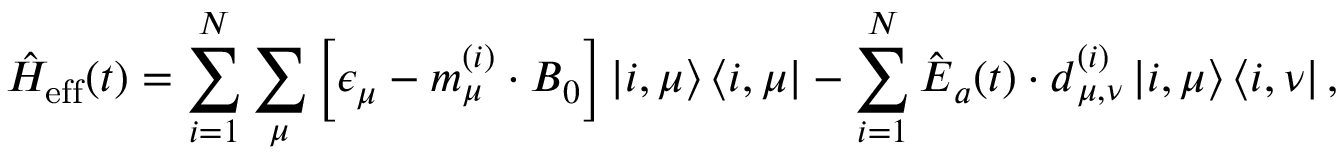
\hat { H } _ { \mathrm { e f f } } ( t ) = \sum _ { i = 1 } ^ { N } \sum _ { \mu } \left[ \epsilon _ { \mu } - \boldsymbol m _ { \mu } ^ { ( i ) } \cdot { \boldsymbol B } _ { 0 } \right] \left| i , \mu \right> \left< i , \mu \right| - \sum _ { i = 1 } ^ { N } \hat { \boldsymbol E } _ { a } ( t ) \cdot \boldsymbol d _ { \mu , \nu } ^ { ( i ) } \left| i , \mu \right> \left< i , \nu \right| ,